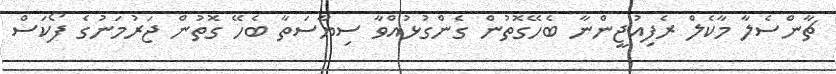
ޗާންސެލާ މާކެލް ރެފިއުޖީންނާ ބެހޭގޮތުން ގެންގުޅުއްވާ ސިޔާސަތާ ބެހޭ ގޮތުން ޖަރުމަނުގެ ފޯކަސް